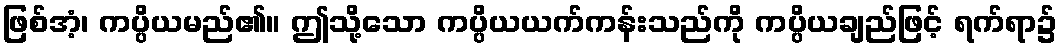
ဖြစ်အံ့၊ ကပ္ပိယမည်၏။ ဤသို့သော ကပ္ပိယယက်ကန်းသည်ကို ကပ္ပိယချည်ဖြင့် ရက်ရာ၌